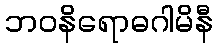
ဘဝနိရောဓဂါမိနီ